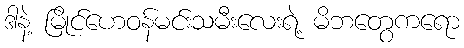
ဒါနဲ့ မြိုင်ဟေဝန်မင်းသမီးလေးရဲ့ မိဘတွေကရော